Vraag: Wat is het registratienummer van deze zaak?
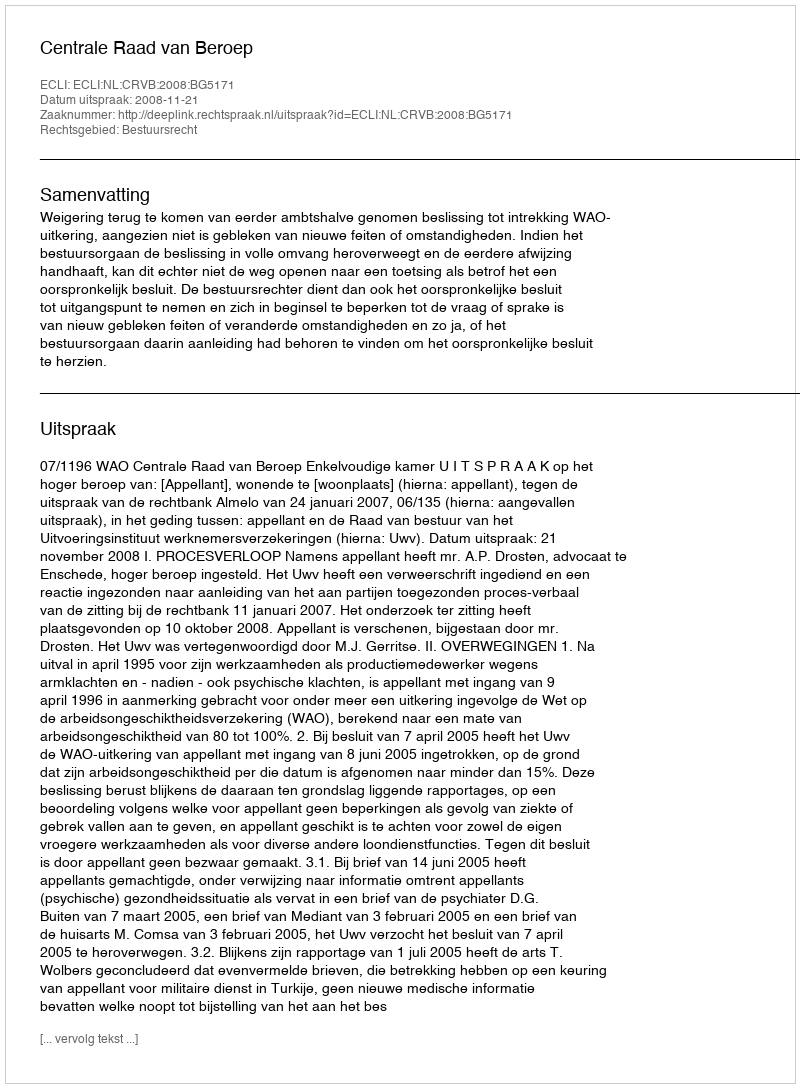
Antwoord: http://deeplink.rechtspraak.nl/uitspraak?id=ECLI:NL:CRVB:2008:BG5171